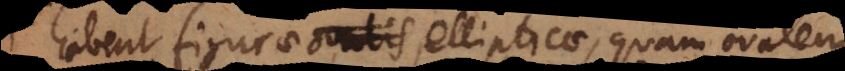
habent figurae ellipticae, quam ovalem